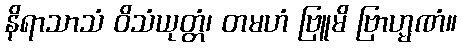
နိရာသာသံ ဝိသံယုတ္တံ၊ တမဟံ ဗြူမိ ဗြာဟ္မဏံ။